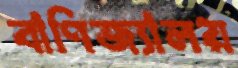
বাণিজ্যালয়